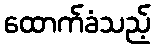
ထောက်ခံသည့်